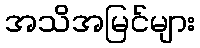
အသိအမြင်များ